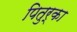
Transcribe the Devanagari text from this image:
पितुर्का